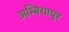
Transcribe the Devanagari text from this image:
अम्बियापुर